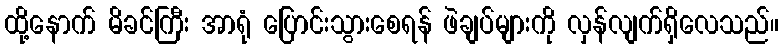
ထို့နောက် မိခင်ကြီး အာရုံ ပြောင်းသွားစေရန် ဖဲချပ်များကို လှန်လျက်ရှိလေသည်။